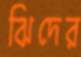
ঝিদের